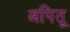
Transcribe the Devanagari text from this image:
अपितू